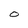
Character: O